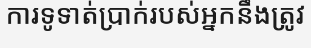
ការទូទាត់ប្រាក់របស់អ្នកនឹងត្រូវ